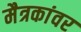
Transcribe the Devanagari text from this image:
मैत्रकांवर